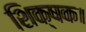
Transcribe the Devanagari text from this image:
शिक्षक।